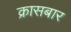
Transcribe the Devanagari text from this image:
क्रासबार